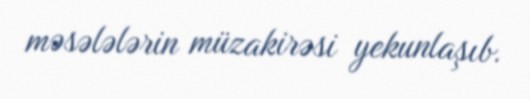
məsələlərin müzakirəsi yekunlaşıb.